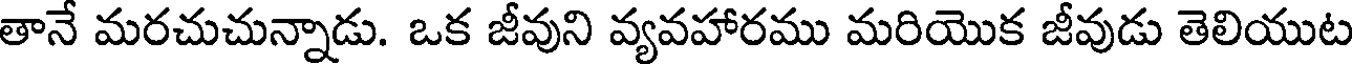
తానే మరచుచున్నాడు. ఒక జీవుని వ్యవహారము మరియొక జీవుడు తెలియుట